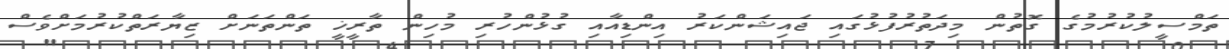
ތަމްސީލުކުރުމުގެ ގޮތުން މިދަތުރުފުޅުގައި ޖައިޝަންކަރު އިންޑިއާއި ގުޅުންހުރި މުހިން ތާރީޚީ ތަންތަނަށް ޒިޔާރަތްކުރުމަށްވެސް